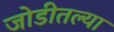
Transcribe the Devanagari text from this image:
जोडीतल्या